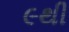
૯થી